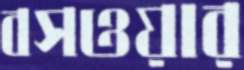
বসওয়ার